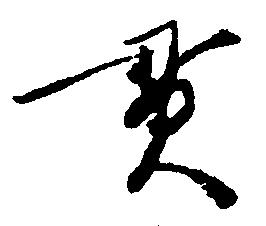
貫